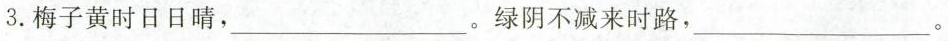
3.梅子黄时日日晴，___。绿阴不减来时路，___。